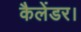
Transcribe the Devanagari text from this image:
कैलेंडर।